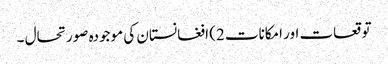
توقعات اور امکانات 2) افغانستان کی موجودہ صورتحال ۔